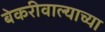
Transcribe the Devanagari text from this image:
बेकरीवाल्याच्या